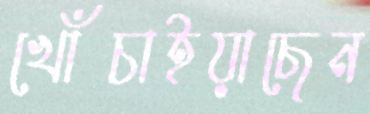
খোঁচাইয়াছেন